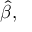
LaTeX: { \widehat { \beta } } ,